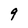
Character: 9